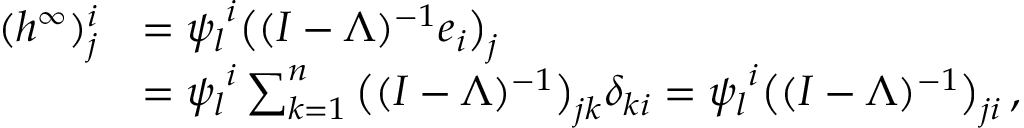
\begin{array} { r l } { ( { h ^ { \infty } } ) _ { j } ^ { i } } & { = { \psi _ { l } } ^ { i } \big ( ( I - \Lambda ) ^ { - 1 } \boldsymbol { e } _ { i } \big ) _ { j } } \\ & { = { \psi _ { l } } ^ { i } \sum _ { k = 1 } ^ { n } \big ( ( I - \Lambda ) ^ { - 1 } \big ) _ { j k } \delta _ { k i } = { \psi _ { l } } ^ { i } \big ( ( I - \Lambda ) ^ { - 1 } \big ) _ { j i } \, , } \end{array}